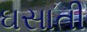
ઘસાતી